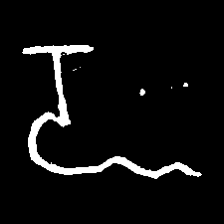
Pyu character \u2014 Myanmar letter: ဍ (romanized: dda)